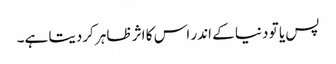
پس یا تو دنیا کے اندر اس کا اثر ظاہر کردیتا ہے۔